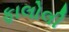
ફાલોલી